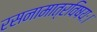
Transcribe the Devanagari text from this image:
रसनामात्रविषयः।